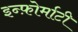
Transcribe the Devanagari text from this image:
इन्फ़ोर्माटी